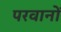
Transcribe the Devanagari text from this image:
परवानों